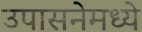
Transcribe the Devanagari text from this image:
उपासनेमध्ये